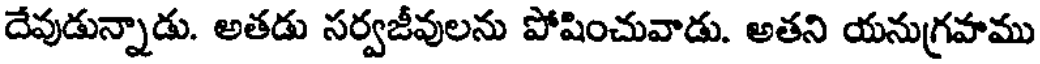
దేవుడున్నాడు. అతడు సర్వజీవులను పోషించువాడు. అతని యనుగ్రహము